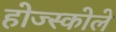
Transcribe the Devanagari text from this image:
होज्स्कोले